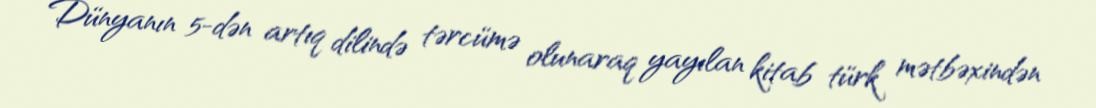
Dünyanın 5-dən artıq dilində tərcümə olunaraq yayılan kitab türk mətbəxindən